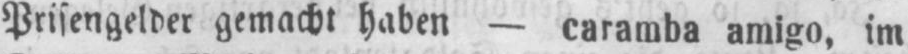
Prisengelder gemacht haben - caramba amigo, im